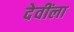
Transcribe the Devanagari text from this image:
देवींला